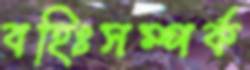
বহিঃসম্পর্ক